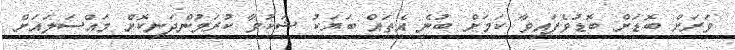
ވަރަށް ބޮޑަށް ބޮޑުވެފައިވާ ކަމަށް ބުނެ އެތައް ބަޔަކު ޝަކުވާ ކުރަމުންދަނިކޮށް މައްސަލައަށް